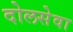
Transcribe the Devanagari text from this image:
दोलसेवा